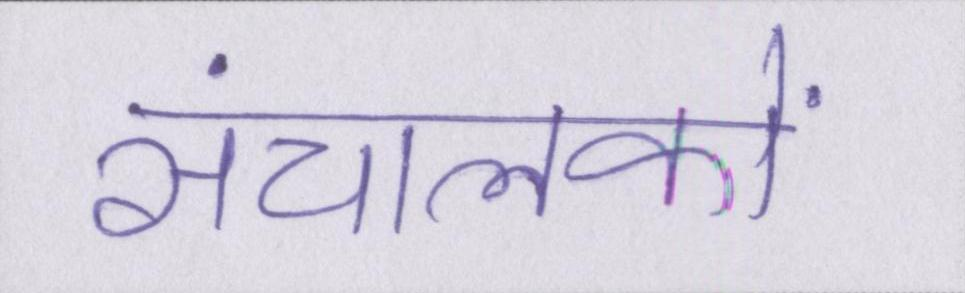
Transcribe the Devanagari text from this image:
संचालकों